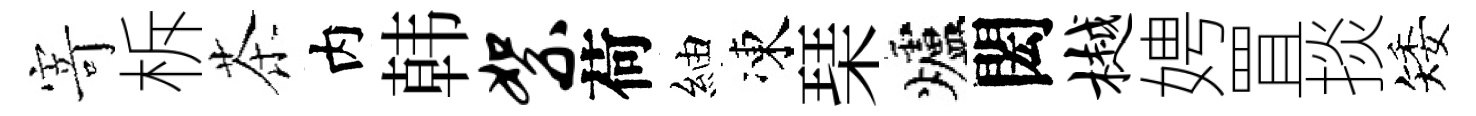
𭔃柝茶内韩絮荷紬凍琹爐閎樾娉罝掞矮